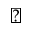
\blacktriangle